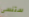
ستنسى